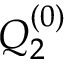
Q _ { 2 } ^ { ( 0 ) }